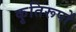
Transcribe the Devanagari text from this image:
कृतिरूपों